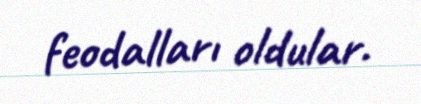
feodalları oldular.